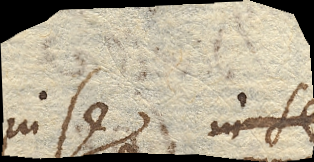
in se in se